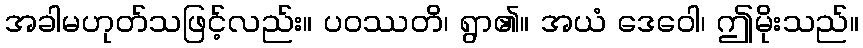
အခါမဟုတ်သဖြင့်လည်း။ ပဝဿတိ၊ ရွာ၏။ အယံ ဒေဝေါ၊ ဤမိုးသည်။